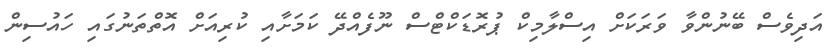
އަދިވެސް ބޭނުންވާ ވަރަކަށް އިސްލާމިކް ޕުރޮޑަކްޓްސް ނޫފެއްދޭ ކަމަށާއި ކުރިއަށް އޮތްތަނުގައި ހައުސިން